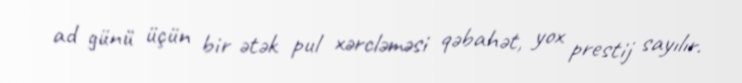
ad günü üçün bir ətək pul xərcləməsi qəbahət, yox prestij sayılır.